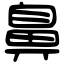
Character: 鼻